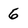
Character: 6